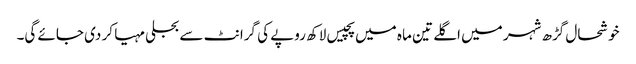
خوشحال گڑھ شہر میں اگلے تین ما ہ میں پچیس لاکھ روپے کی گرانٹ سے بجلی مہیا کر دی جائے گی۔